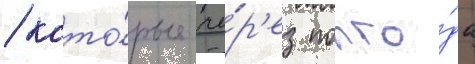
/ кото́рые че́р'ез полго́да